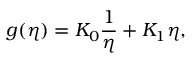
g ( \eta ) = K _ { 0 } \frac { 1 } { \eta } + K _ { 1 } \eta ,